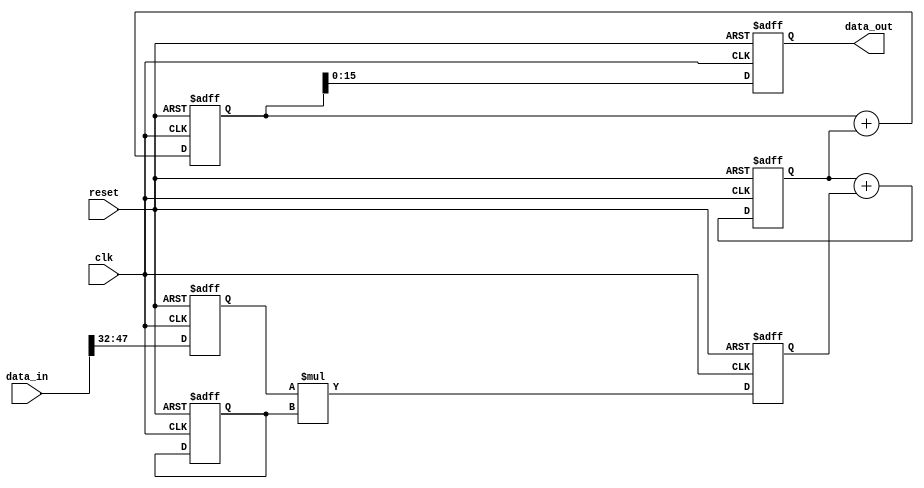
module SlidingWindow #(
    parameter KERNEL_WIDTH = 3,        // Width of the kernel
    parameter KERNEL_HEIGHT = 3,       // Height of the kernel
    parameter DATA_WIDTH = 16,         // Data width
    parameter KERNEL_COEF = 32 * KERNEL_WIDTH * KERNEL_HEIGHT // Concatenated kernel coefficients
)(
    input clk,
    input reset,
    input [KERNEL_HEIGHT*DATA_WIDTH-1:0] data_in,
    output reg [DATA_WIDTH-1:0] data_out
);

    localparam KERNEL_SIZE = KERNEL_WIDTH * KERNEL_HEIGHT;

    reg [DATA_WIDTH-1:0] window[KERNEL_HEIGHT-1:0][KERNEL_WIDTH-1:0]; // Sliding window
    reg [31:0] kernel[KERNEL_HEIGHT-1:0][KERNEL_WIDTH-1:0]; // Kernel coefficients

    // Pipeline registers for intermediate sums
    reg signed [31:0] partial_sum[KERNEL_HEIGHT-1:0][KERNEL_WIDTH-1:0];
    reg signed [31:0] sum_stage1[KERNEL_HEIGHT-1:0];
    reg signed [31:0] sum_stage2;
    integer i, j;


    // Shift register logic to create the sliding window
    always @(posedge clk or posedge reset) begin
        if (reset) begin
            
            // Split the concatenated KERNEL_COEF into a 2D array
            for (i = 0; i < KERNEL_HEIGHT; i = i + 1) begin
                for (j = 0; j < KERNEL_WIDTH; j = j + 1) begin
                    kernel[i][j] <= KERNEL_COEF[32 * (i * KERNEL_WIDTH + j) +: 32];
                end
            end

            // Initialize the sliding window to zeros
            for (i = 0; i < KERNEL_HEIGHT; i = i + 1) begin
                for (j = 0; j < KERNEL_WIDTH; j = j + 1) begin
                    window[i][j] <= 0;
                end
            end

            // Initialize pipeline registers to zero
            for (i = 0; i < KERNEL_HEIGHT; i = i + 1) begin
                for (j = 0; j < KERNEL_WIDTH; j = j + 1) begin
                    partial_sum[i][j] <= 0;
                end
                sum_stage1[i] <= 0;
            end
            sum_stage2 <= 0;
            
        end else begin
            // Shift the window left
            for (i = 0; i < KERNEL_HEIGHT; i = i + 1) begin
                for (j = 1; j < KERNEL_WIDTH; j = j + 1) begin
                    window[i][j-1] <= window[i][j];
                end
            end
            // Load new data into the rightmost column
            for (i = 0; i < KERNEL_HEIGHT; i = i + 1) begin
                window[i][KERNEL_WIDTH-1] <= data_in[(i+1)*DATA_WIDTH-1 -: DATA_WIDTH];
            end

            // Compute partial products in parallel
            for (i = 0; i < KERNEL_HEIGHT; i = i + 1) begin
                for (j = 0; j < KERNEL_WIDTH; j = j + 1) begin
                    partial_sum[i][j] <= window[i][j] * kernel[i][j];
                end
            end

            // Sum the partial products for each row (first pipeline stage)
            for (i = 0; i < KERNEL_HEIGHT; i = i + 1) begin
                sum_stage1[i] <= 0;
                for (j = 0; j < KERNEL_WIDTH; j = j + 1) begin
                    sum_stage1[i] <= sum_stage1[i] + partial_sum[i][j];
                end
            end

            // Sum the row sums to get the final result (second pipeline stage)
            sum_stage2 <= 0;
            for (i = 0; i < KERNEL_HEIGHT; i = i + 1) begin
                sum_stage2 <= sum_stage2 + sum_stage1[i];
            end
        end
    end

    // Output the final sum, truncated to DATA_WIDTH bits
    always @(posedge clk or posedge reset) begin
        if (reset) begin
            data_out <= 0;
        end else begin
            data_out <= sum_stage2[DATA_WIDTH-1:0];
        end
    end

endmodule